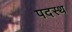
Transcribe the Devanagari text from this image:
पदस्‍थ